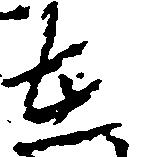
在